Cholera in southern India
Disease focus: Cholera
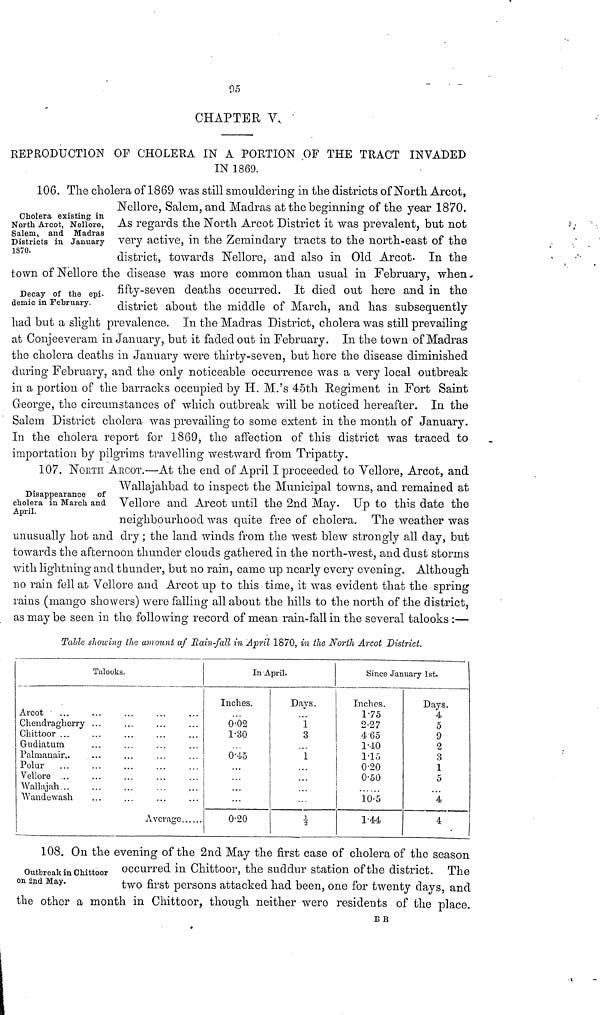
95
CHAPTER V.
REPRODUCTION OP CHOLERA IN A PORTION OF THE TRACT INVADED
IN 1869.
Cholera existing in
North Arcot, Nellore,
Salem, and Madras
Districts in January
1870.
106. The cholera of 1869 was still smouldering in the districts of North Arcot,
Nellore, Salem, and Madras at the beginning of the year 1870.
As regards the North Arcot District it was prevalent, but not
very active, in the Zemindary tracts to the north-east of the
district, towards Nellore, and also in Old Arcot. In the
Decay of the epi-
demic in February.
town of Nellore the disease was more common than usual in February, when-
fifty-seven deaths occurred. It died out here and in the
district about the middle of March, and has subsequently
had but a slight prevalence. In the Madras District, cholera was still prevailing
at Conjeeveram in January, but it faded out in February. In the town of Madras
the cholera deaths in January were thirty-seven, but here the disease diminished
during February, and the only noticeable occurrence was a very local outbreak
in a portion of the barracks occupied by H. M.'s 45th Eegiment in Fort Saint
George, the circumstances of which outbreak will be noticed hereafter. In the
Salem District cholera was prevailing to some extent in the month of January.
In the cholera report for 1869, the affection of this district was traced to
importation by pilgrims travelling westward from Tripatty.
Disappearance of
cholera in March and
April.
107. NOETII ARCOT.—At the end of April I proceeded to Vellore, Arcot, and
Wallajahbad to inspect the Municipal towns, and remained at
Vellore and Arcot until the 2nd May. Up to this date the
neighbourhood was quite free of cholera. The weather was
unusually hot and dry; the land winds from the west blew strongly all day, but
towards the afternoon thunder clouds gathered in the north-west, and dust storms
with lightning and thunder, but no rain, came up nearly every evening. Although
no rain fell at Vellore and Arcot up to this time, it was evident that the spring
rains (mango showers) were falling all about the hills to the north of the district,
as may be seen in the following record of mean rain-fall in the several talooks :—
Table showing the amount af Main-fall in April 1870, in the North Arcot District.
Talooks.
Arcot
...
Chendragherry ...
Chittoor ...
G-udiatum
Palmanair.
Polur
Vellore
Wallajah
Wandewash
Average
In April.
Inches.
0.02
1.30
0.4.5
0.20
Days.
1
3
1
1/2
Since January 1st.
Inches.
175
2-27
4 65
1.10
1.15
0.20
0.50
10.5
1.44
Days.
4
5
9
2
3
1
5
4
4
Outbreak in Chittoor
on 2nd May.
108. On the evening of the 2nd May the first case of cholera of the season
occurred IN Chittoor, the suddur station or the district, The
two first persons attacked had been, one for twenty days, and
the other a month in Chittoor, though neither wero residents of the place.
BB